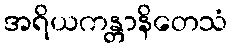
အရိယကန္တာနိတေသံ